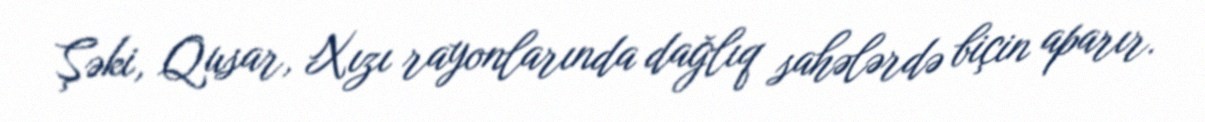
Şəki, Qusar, Xızı rayonlarında dağlıq sahələrdə biçin aparır.